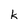
Character: k